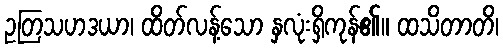
ဥတြသဟဒယာ၊ ထိတ်လန့်သော နှလုံးရှိကုန်၏။ ထသိတာတိ၊